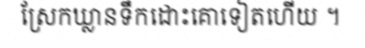
ស្រែកឃ្លានទឹកដោះគោទៀតហើយ ។